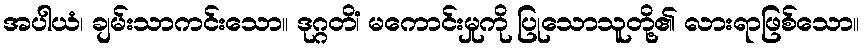
အပါယံ၊ ချမ်းသာကင်းသော။ ဒုဂ္ဂတိံ၊ မကောင်းမှုကို ပြုသောသူတို့၏ လားရာဖြစ်သော။